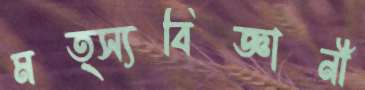
মত্স্যবিজ্ঞানী